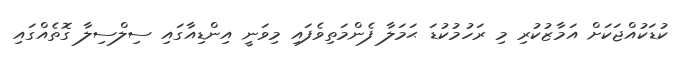
ކުޑަކުއްޖަކަށް އަމާޒުކުރި މި ރަހުމުކުޑަ ޙަމަލާ ފެންމަތިވެފައި މިވަނީ އިންޑިއާގައި ސިލްސިލާ ގޮތެއްގައި